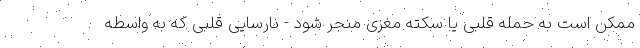
ممکن است به حمله قلبی یا سکته مغزی منجر شود - نارسایی قلبی که به واسطه